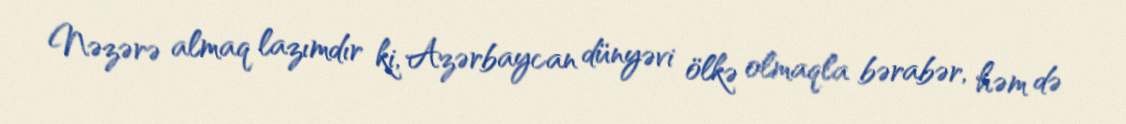
Nəzərə almaq lazımdır ki, Azərbaycan dünyəvi ölkə olmaqla bərabər, həm də